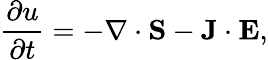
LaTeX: {\frac{\partial u}{\partial t}}=-\nabla\cdot\mathbf{S}-\mathbf{J}\cdot\mathbf{E},